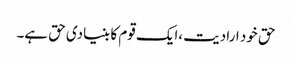
حق خود ارادیت ،ایک قوم کا بنیادی حق ہے۔